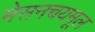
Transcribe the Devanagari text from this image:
मेसनचयमूल